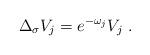
LaTeX: \begin{align*}\Delta_\sigma V_j = e^{-\omega_j}V_j \ .\end{align*}